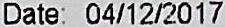
DATE: 04/12/2017